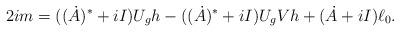
LaTeX: \begin{align*}2i m=((\dot A)^*+iI)U_gh-((\dot A)^*+iI)U_gVh+(\dot A+iI)\ell_0.\end{align*}